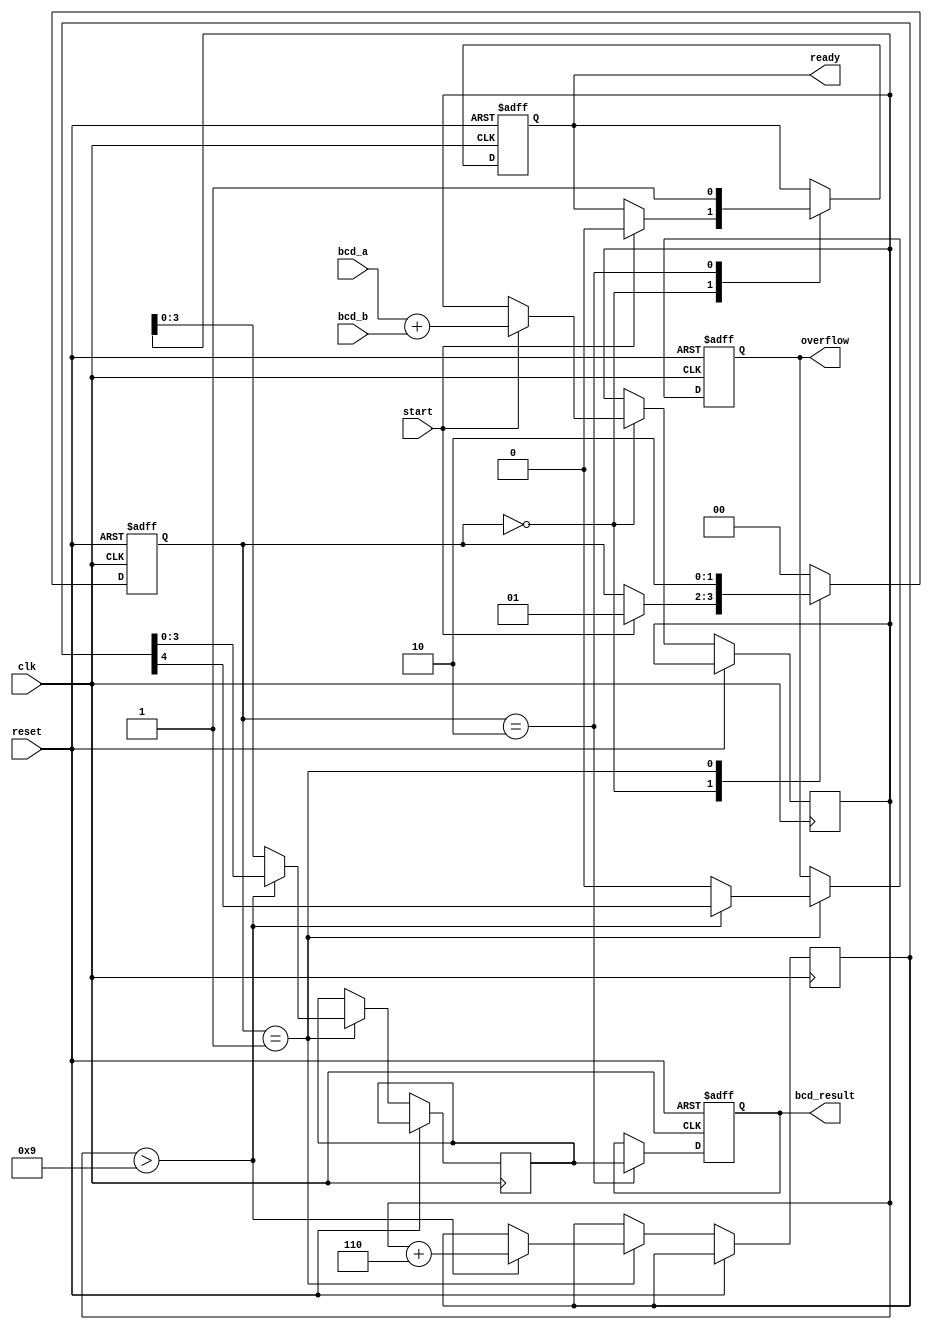
module bcd_pipelined_adder (
    input wire clk,               // Clock signal
    input wire reset,             // Reset signal
    input wire start,             // Start signal for addition
    input wire [3:0] bcd_a,       // First BCD input
    input wire [3:0] bcd_b,       // Second BCD input
    output reg [3:0] bcd_result,  // Resultant BCD output
    output reg overflow,           // Overflow signal
    output reg ready               // Signal indicating result is ready
);

    // State Definitions
    reg [4:0] sum_stage1;         // Sum output from stage 1 (5-bits to accommodate carry)
    reg [4:0] sum_stage2;         // Sum output from stage 2 (after BCD correction)
    reg [3:0] corrected_result;    // Corrected BCD result
    reg [1:0] state;               // Current state of the pipeline

    // State Encoding
    localparam IDLE = 2'b00,
               STAGE1 = 2'b01,
               STAGE2 = 2'b10;

    // BCD Correction Constant
    localparam BCD_CORRECTION = 4'b0110;

    // Sequential Logic to Handle Pipelining
    always @(posedge clk or posedge reset) begin
        if (reset) begin
            state <= IDLE;
            bcd_result <= 4'b0000;
            overflow <= 1'b0;
            ready <= 1'b0;
        end else begin
            case (state)
                IDLE: begin
                    if (start) begin
                        // Initiate Stage 1
                        sum_stage1 <= bcd_a + bcd_b; // Perform binary addition
                        state <= STAGE1;
                        ready <= 1'b0; // Reset ready signal
                    end
                end
                
                STAGE1: begin
                    // Check for BCD correction
                    if (sum_stage1 > 9) begin
                        // Add BCD correction
                        sum_stage2 <= sum_stage1 + BCD_CORRECTION; 
                        corrected_result <= sum_stage2[3:0];
                        overflow <= sum_stage2[4]; // Capture carry out
                    end else begin
                        // No correction needed
                        corrected_result <= sum_stage1[3:0];
                        overflow <= 1'b0;
                    end
                    state <= STAGE2;
                end
                
                STAGE2: begin
                    // Output the result
                    bcd_result <= corrected_result;
                    ready <= 1'b1; // Indicate result is ready
                    state <= IDLE; // Go back to idle for next operation
                end
                
                default: state <= IDLE; // Default to idle state
            endcase
        end
    end
endmodule